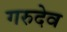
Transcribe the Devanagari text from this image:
गरुदेव